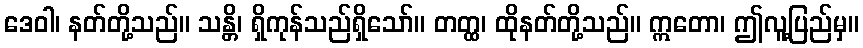
ဒေဝါ၊ နတ်တို့သည်။ သန္တိ၊ ရှိကုန်သည်ရှိသော်။ တတ္ထ၊ ထိုနတ်တို့သည်။ ဣတော၊ ဤလူ့ပြည်မှ။